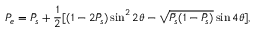
P _ { e } = \bar { P } _ { s } + { \frac { 1 } { 2 } } [ ( 1 - 2 \bar { P } _ { s } ) \sin ^ { 2 } 2 \theta - \sqrt { \bar { P } _ { s } ( 1 - \bar { P } _ { s } ) } \sin 4 \theta ] ,